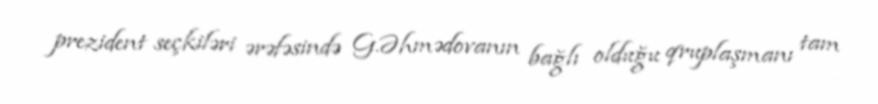
prezident seçkiləri ərəfəsində G.Əhmədovanın bağlı olduğu qruplaşmanı tam